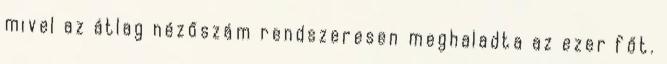
mivel az átlag nézőszám rendszeresen meghaladta az ezer főt.